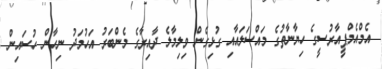
އެމްއެމްޕީއާރުސީގެ ހިޔާނާތުގެ މައްސަލައާއި ގުޅިގެން ވިލިމާލެ ދާއިރާގެ މެންބަރު އަހުމަދު ނިހާން ހުސައިން